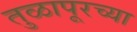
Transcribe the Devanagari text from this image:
तुळापूरच्या